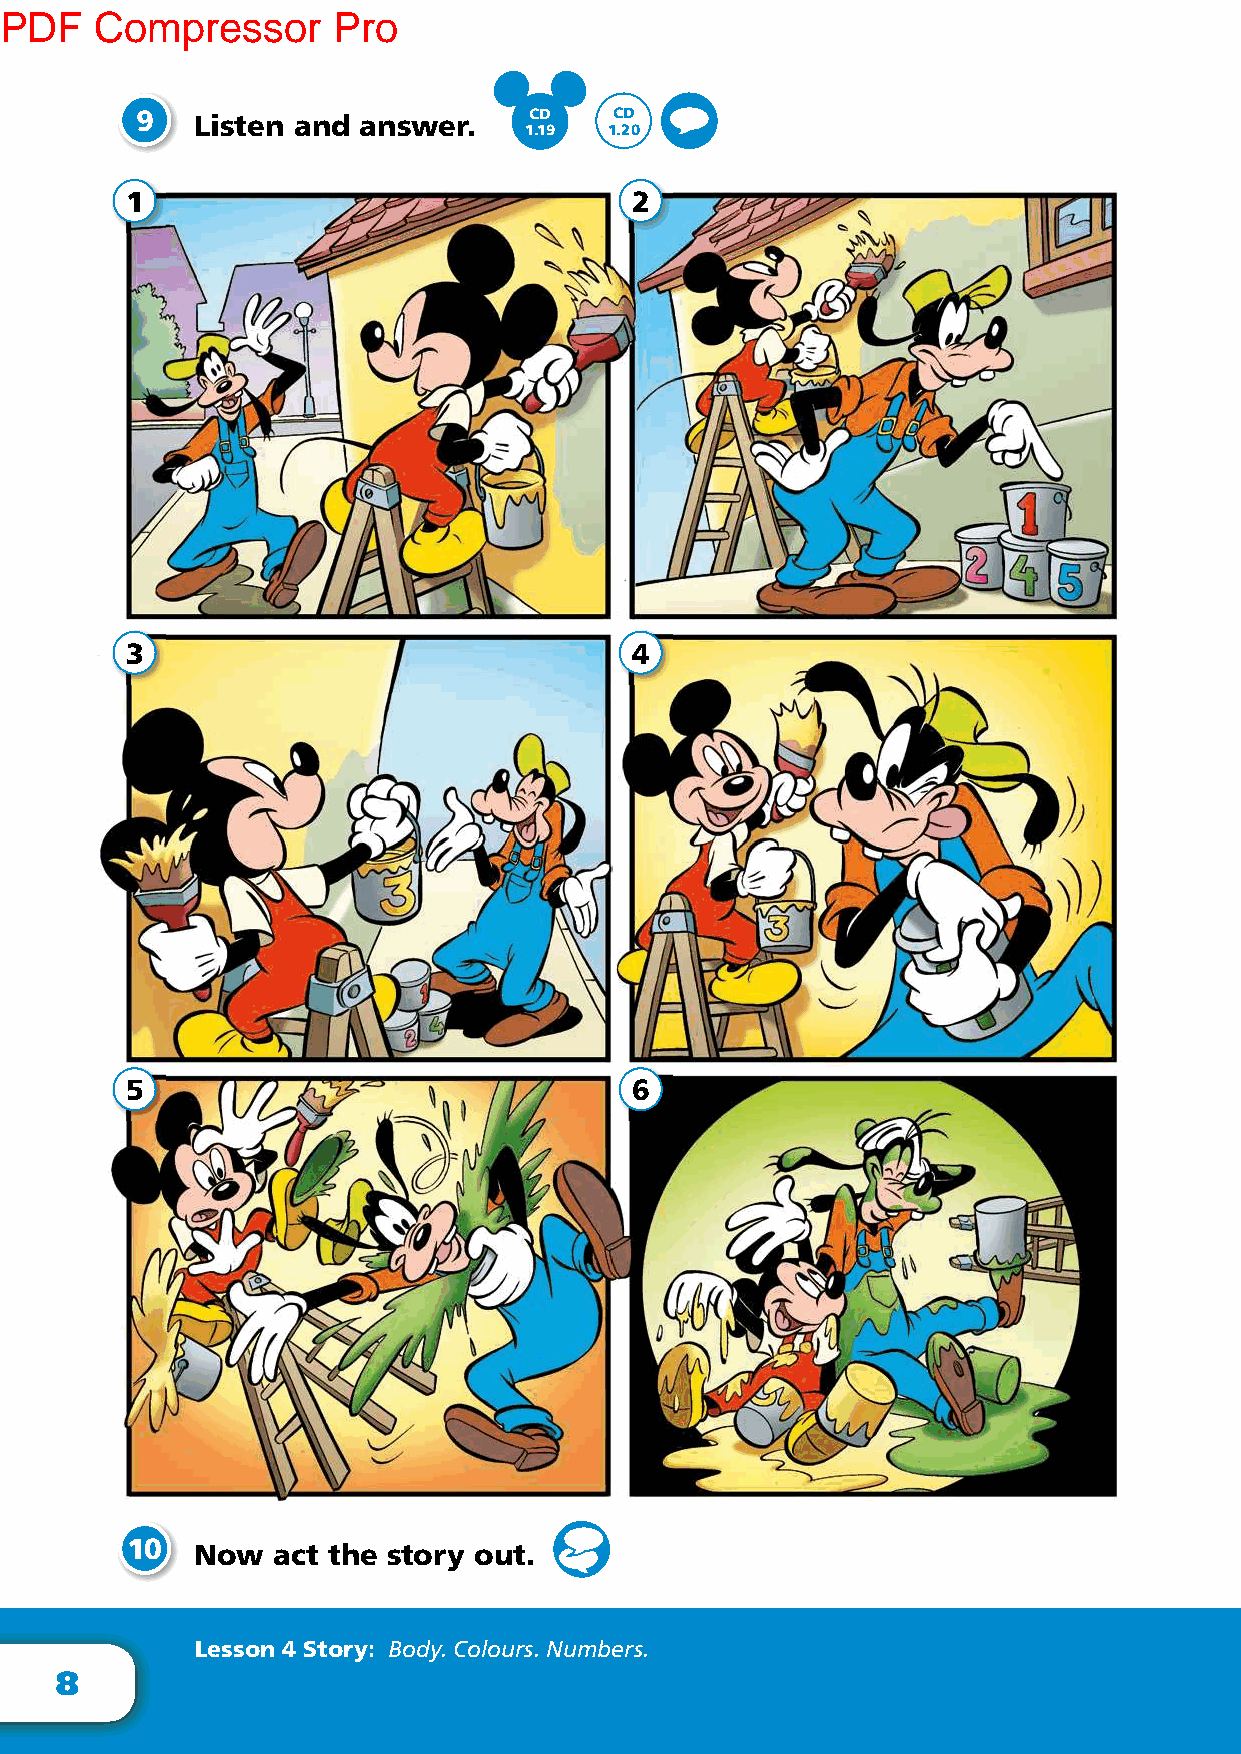
PDF   Compressor      Pro
 9   Listen and answer.    CD    CD
 1.19 1.20
 1                                 2
 3                                 4
 5                                 6
 10   Now  act the story out.
 Lesson 4 Story: Body. Colours. Numbers.
 8